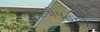
અહલીપહલી